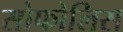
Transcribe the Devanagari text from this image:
सोफोलिस